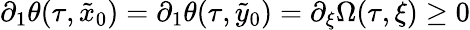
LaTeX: \partial_{1}\theta(\tau,\tilde{x}_{0})=\partial_{1}\theta(\tau,\tilde{y}_{0})=\partial_{\xi}\Omega(\tau,\xi)\geq 0